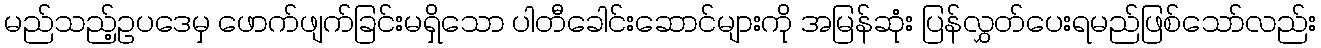
မည်သည့်ဥပဒေမှ ဖောက်ဖျက်ခြင်းမရှိသော ပါတီခေါင်းဆောင်များကို အမြန်ဆုံး ပြန်လွှတ်ပေးရမည်ဖြစ်သော်လည်း